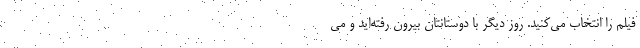
فیلم را انتخاب می‌کنید. روز دیگر با دوستانتان بیرون رفته‌اید و می